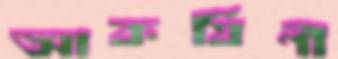
আকর্ষিণী